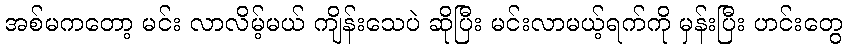
အစ်မကတော့ မင်း လာလိမ့်မယ် ကျိန်းသေပဲ ဆိုပြီး မင်းလာမယ့်ရက်ကို မှန်းပြီး ဟင်းတွေ